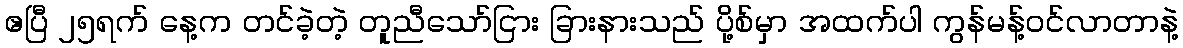
ဧပြီ ၂၅ရက် နေ့က တင်ခဲ့တဲ့ တူညီသော်ငြား ခြားနားသည် ပို့စ်မှာ အထက်ပါ ကွန်မန့်ဝင်လာတာနဲ့